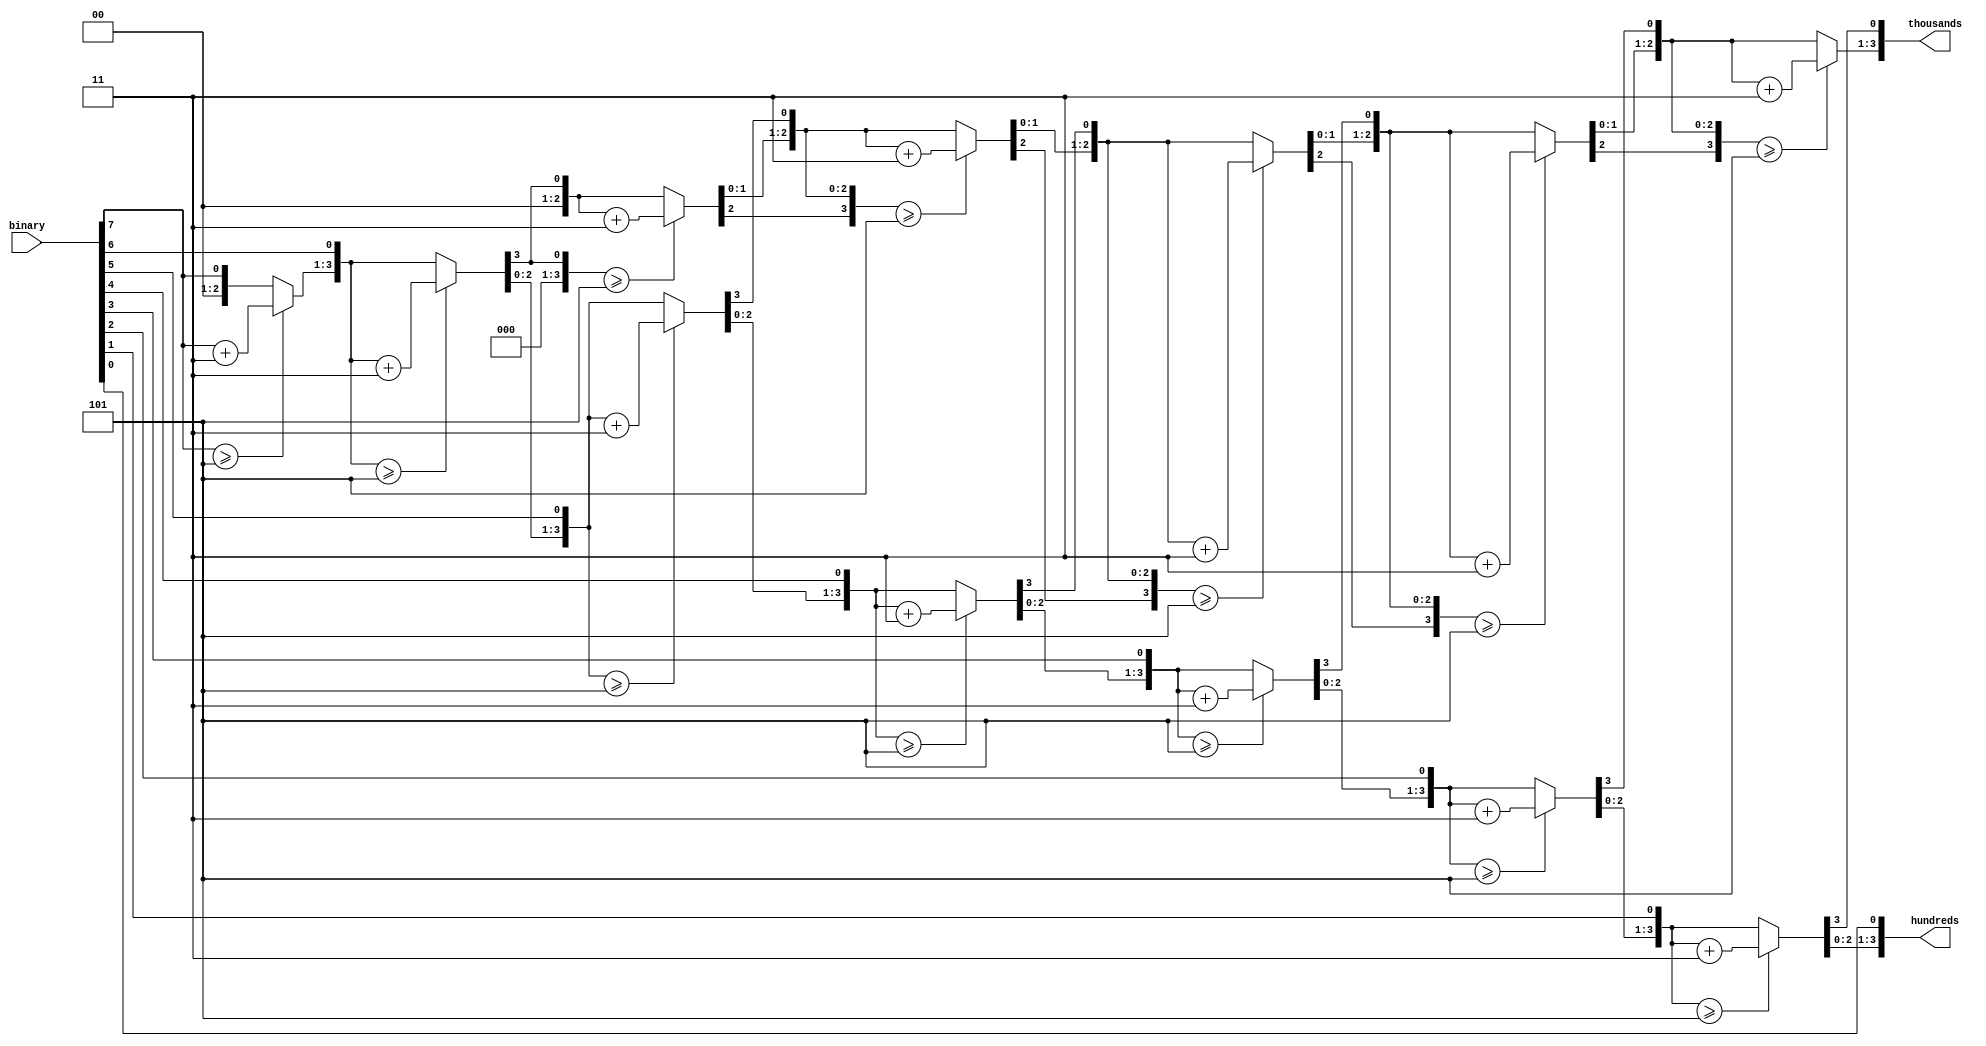
module Bin2BCD(binary, thousands, hundreds);

input [7:0] binary;
output [3:0] thousands;
output [3:0] hundreds;

reg [3:0] thousands;
reg [3:0] hundreds;

integer i;

always @ (binary)

begin
	//set 1000's and 100's to 0
	thousands = 0;
	hundreds = 0;

for (i= 7; i>=0; i=i-1)
	begin
		//add 3 to columns >= 5
		if (thousands >= 5)
		thousands = thousands + 3;
		if (hundreds >= 5)
		hundreds = hundreds + 3;

		//shift left one
		thousands = thousands << 1;
		thousands[0] = hundreds[3];
		hundreds = hundreds << 1;
		hundreds[0] = binary[i];
   end
end

endmodule